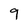
Character: 9